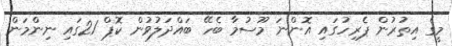
މީގެ އިތުރުން ޕެރިހުގައި އޮންނަ މޫސުމާ ބެހޭ ބައްދަލުވުން ކޮޕް 21ގައި ނިންމަން